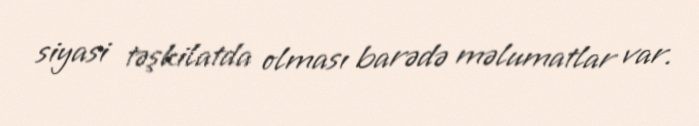
siyasi təşkilatda olması barədə məlumatlar var.